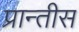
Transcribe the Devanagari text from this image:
प्रान्तीस